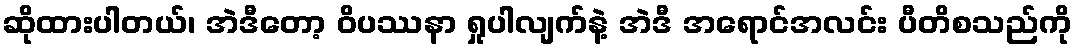
ဆိုထားပါတယ်၊ အဲဒီတော့ ဝိပဿနာ ရှုပါလျက်နဲ့ အဲဒီ အရောင်အလင်း ပီတိစသည်ကို